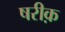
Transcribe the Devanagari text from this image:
षरीक़